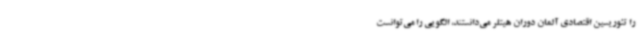
را تئوریسین اقتصادی آلمان دوران هیتلر می‌دانستند، الگویی را می‌توانست